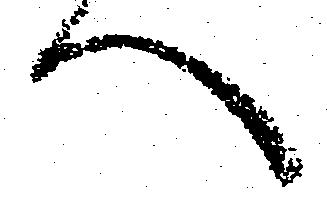
へ